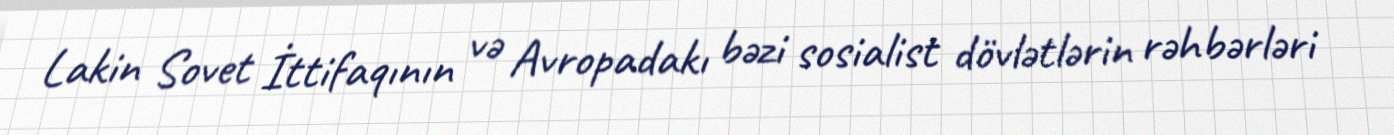
Lakin Sovet İttifaqının və Avropadakı bəzi sosialist dövlətlərin rəhbərləri